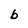
Character: b